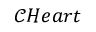
\mathcal { C } H e a r t